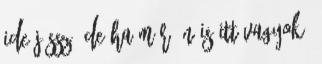
ide jössz. De ha már én is itt vagyok,